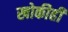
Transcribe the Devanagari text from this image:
खोकीही